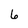
Character: 6